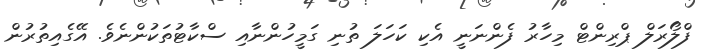
ފްލޯރަލް ޕްރިންޓް މިހާރު ފެންނަނީ އެކި ކަހަލަ ތުނި ގަމީހުންނާއި ސްކާޓުތަކުންނެވެ. އޭގެއިތުރުން